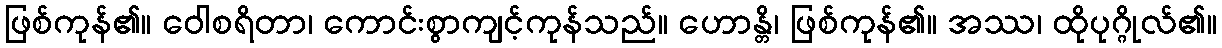
ဖြစ်ကုန်၏။ ဝေါစရိတာ၊ ကောင်းစွာကျင့်ကုန်သည်။ ဟောန္တိ၊ ဖြစ်ကုန်၏။ အဿ၊ ထိုပုဂ္ဂိုလ်၏။